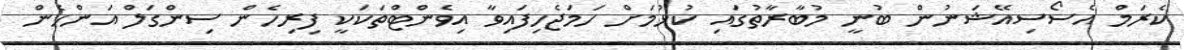
ކެރަމް އެސޯސިއޭޝަނުން ބުނީ މުބާރާތުގައި ކުޅުމަށް ހަމަޖެހިފައިވާ އިވެންޓްތަކަކީ ފިރިހެން ސިންގަލް އަންހެން